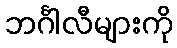
ဘင်္ဂါလီများကို